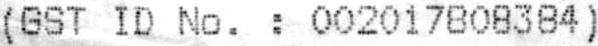
(GST ID NO. : 002017808384)